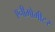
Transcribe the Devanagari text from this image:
एनीमोमीटर